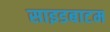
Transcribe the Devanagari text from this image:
साइडबाटम